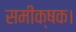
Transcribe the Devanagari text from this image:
समीक्षक।